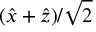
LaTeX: ( { \hat { x } } + { \hat { z } } ) / { \sqrt { 2 } }